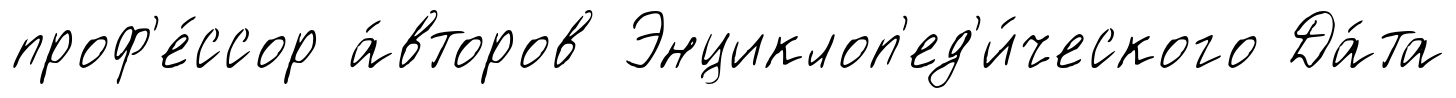
проф'е́ссор а́второв Энциклоп'ед'и́ческого Да́та